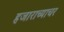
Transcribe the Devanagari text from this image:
हजाराच्याचर